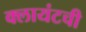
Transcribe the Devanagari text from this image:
क्लायंटची